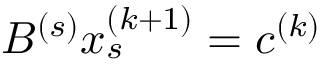
B ^ { ( s ) } x _ { s } ^ { ( k + 1 ) } = c ^ { ( k ) }